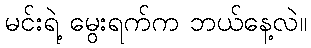
မင်းရဲ့ မွေးရက်က ဘယ်နေ့လဲ။